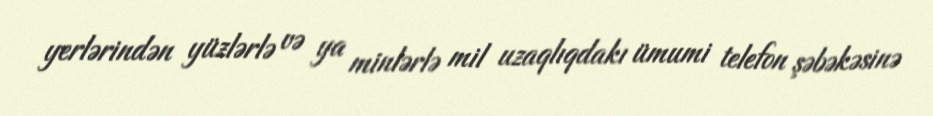
yerlərindən yüzlərlə və ya minlərlə mil uzaqlıqdakı ümumi telefon şəbəkəsinə